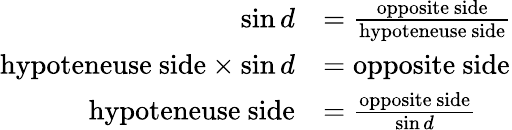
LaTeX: \begin{array}{rl}{\sin d}&{=\frac{\mathrm{opposite~side}}{\mathrm{hypoteneuse~side}}}\\ {\mathrm{hypoteneuse~side}\times\sin d}&{=\mathrm{opposite~side}}\\ {\mathrm{hypoteneuse~side}}&{=\frac{\mathrm{opposite~side}}{\sin d}}\end{array}